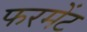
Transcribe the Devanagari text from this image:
फरमेंट